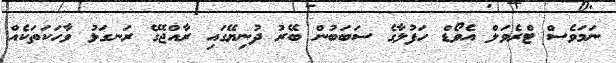
ނަމަވެސް ޓްރެވަލް އެވޯޑް ހަފުލާގެ ސަބަބުން ބޭރު ދުނިޔޭގައި ރާއްޖޭގެ ރަނގަޅު ވާހަކަތަކެއް